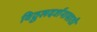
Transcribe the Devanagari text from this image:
विठ्ठलदर्शनासाठी